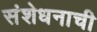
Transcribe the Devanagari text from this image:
संशेधनाची